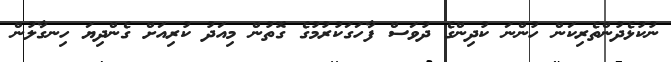
ނުކުޅެދުންތެރިކަން ހުންނަ ކުދިންގެ ދުވަސް ފާހަގަކުރުމުގެ ގޮތުން މިއަދު ކުރިއަށް ގެންދިޔަ ހިނގާލުން